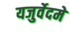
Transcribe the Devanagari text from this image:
यजुर्वेदमे